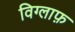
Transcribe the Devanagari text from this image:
विग्लाफ़